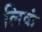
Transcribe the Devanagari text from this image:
लिकं